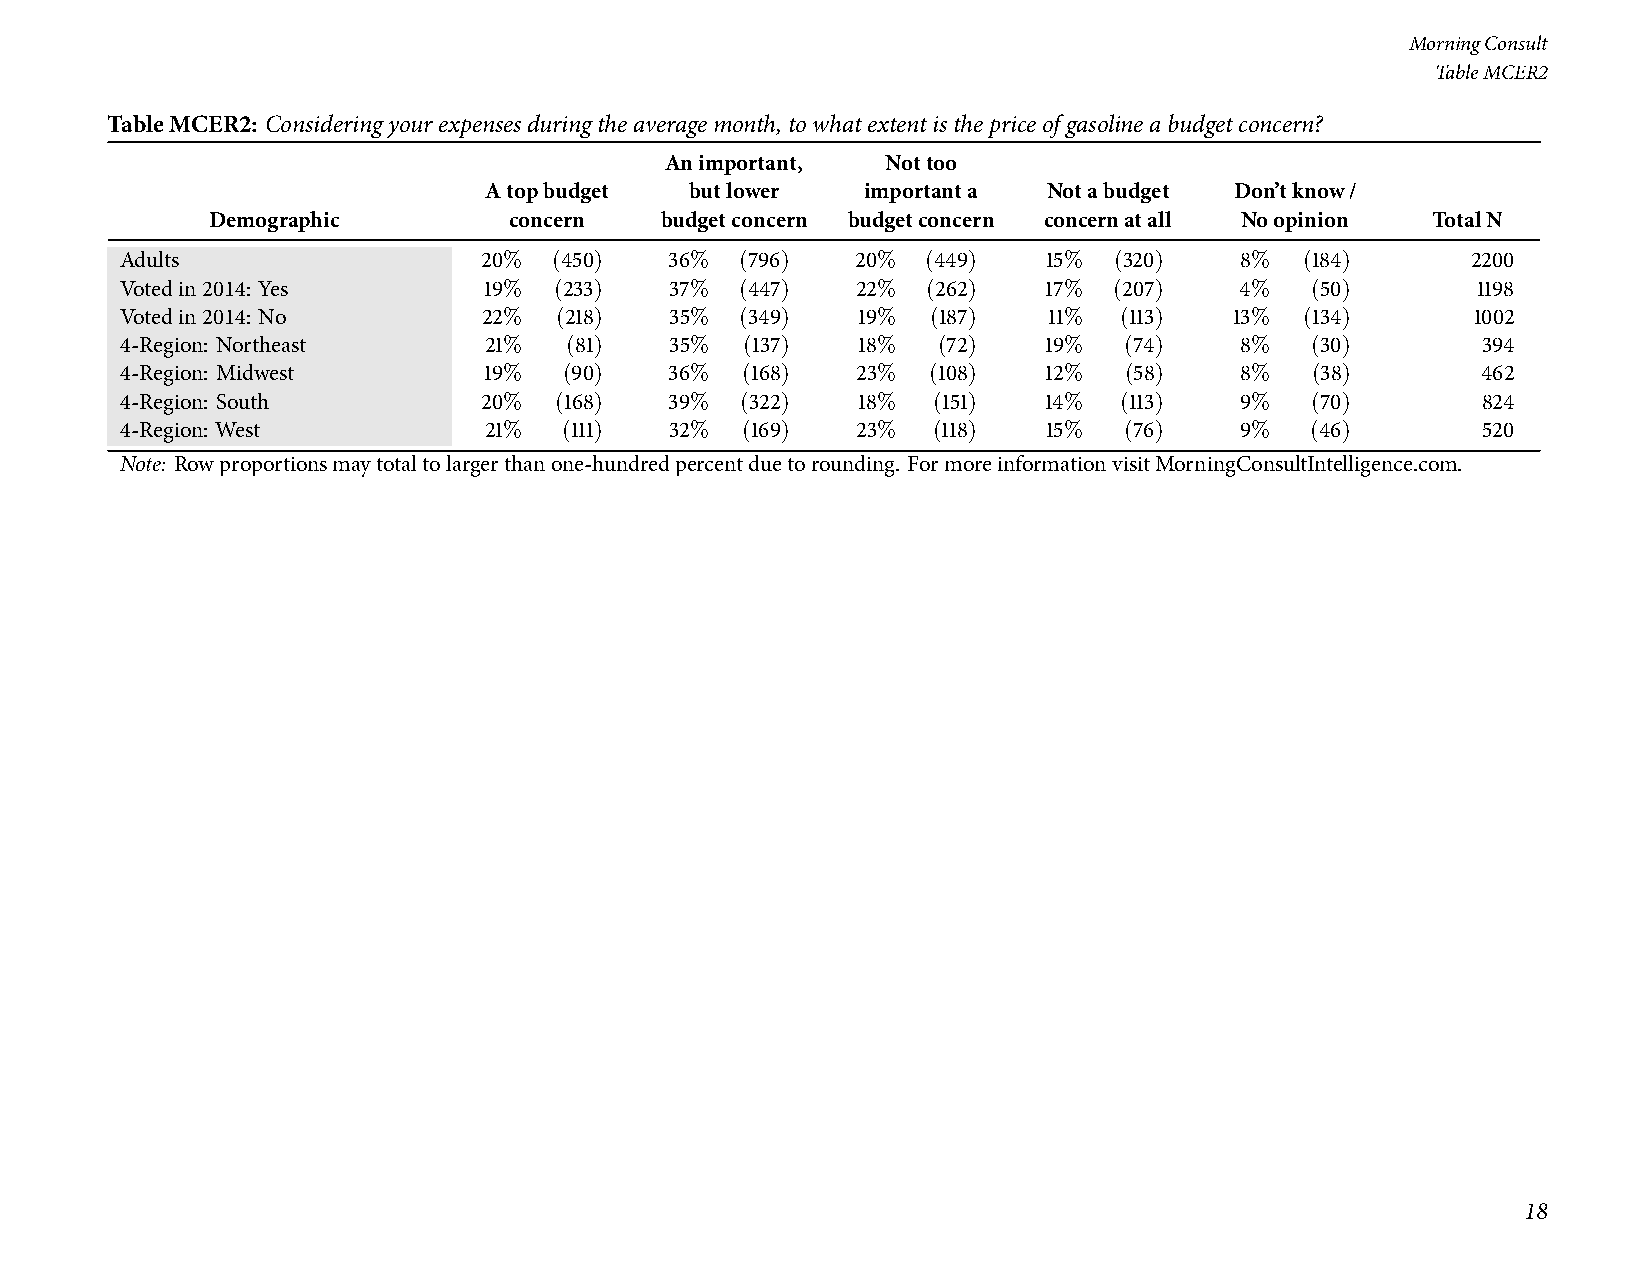
MorningConsult
 TableMCER2
 TableMCER2: Consideringyourexpensesduringtheaveragemonth,towhatextentisthepriceofgasolineabudgetconcern?
 Animportant,   Nottoo
 Atopbudget    butlower   importanta  Notabudget   Don’tknow/
 Demographic         concern   budgetconcern budgetconcern concernatall Noopinion TotalN
 Adults                  20%  (450)  36%  (796)   20% (449)   15%  (320)   8%  (184)      2200
 Votedin2014: Yes        19%  (233)  37%  (447)   22% (262)   17%  (207)   4%   (50)       1198
 Votedin2014: No         22%  (218)  35%  (349)   19%  (187)  11%  (113)   13% (134)       1002
 4-Region: Northeast     21%  (81)   35%  (137)   18%  (72)   19%  (74)    8%   (30)       394
 4-Region: Midwest       19%  (90)   36%  (168)   23% (108)   12%  (58)    8%   (38)       462
 4-Region: South         20%  (168)  39%  (322)   18%  (151)  14%  (113)   9%   (70)       824
 4-Region: West          21%  (111)  32%  (169)   23%  (118)  15%  (76)    9%   (46)       520
 Note: Rowproportionsmaytotaltolargerthanone-hundredpercentduetorounding. FormoreinformationvisitMorningConsultIntelligence.com.
 18